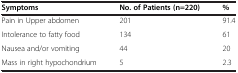
<table><thead><tr><td><b>Symptoms</b></td><td><b>No.of Patients(n=220)</b></td><td><b>%</b></td></tr></thead><tbody><tr><td>Pain in Upper abdomen</td><td>201</td><td>91.4</td></tr><tr><td>Intolerance to fatty food</td><td>134</td><td>61</td></tr><tr><td>Nausea and/or vomiting</td><td>44</td><td>20</td></tr><tr><td>Mass in right hypochondrium</td><td>5</td><td>2.3</td></tr></tbody></table>